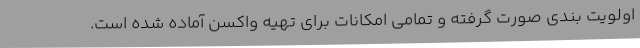
اولویت بندی صورت گرفته و تمامی امکانات برای تهیه واکسن آماده شده است.